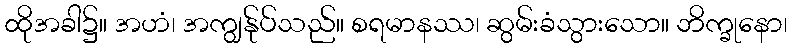
ထိုအခါ၌။ အဟံ၊ အကျွန်ုပ်သည်။ စရမာနဿ၊ ဆွမ်းခံသွားသော။ ဘိက္ခုနော၊